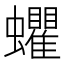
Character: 蠷